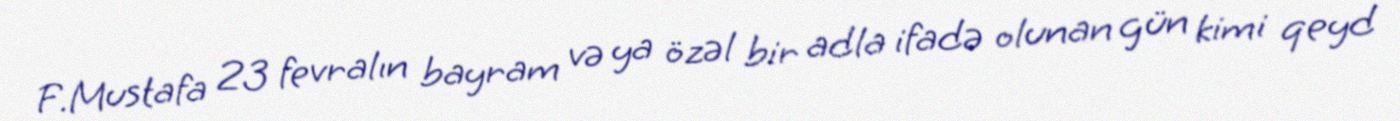
F.Mustafa 23 fevralın bayram və ya özəl bir adla ifadə olunan gün kimi qeyd